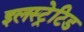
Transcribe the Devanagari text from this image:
इलस्ट्रेटिड